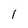
Character: 1